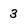
Character: 3